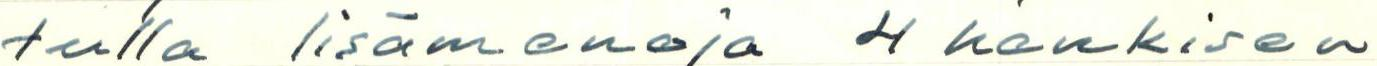
tulkla lisämenoja 4 henkisen